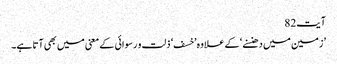
آیت82
’زمین میں دھنسنے‘ کے علاوہ ’خسف ‘ ذلت و رسوائی کے معنی میں بھی آتا ہے۔